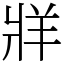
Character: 牂